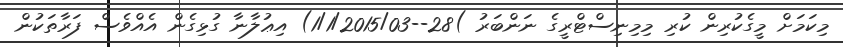
މިކަމަށް މީގެކުރިން ކުރި މިމިނިސްޓްރީގެ ނަންބަރު )28--1/1/2015/03) އިޢުލާނާ ގުޅިގެން އެއްވެސް ފަރާތަކުން